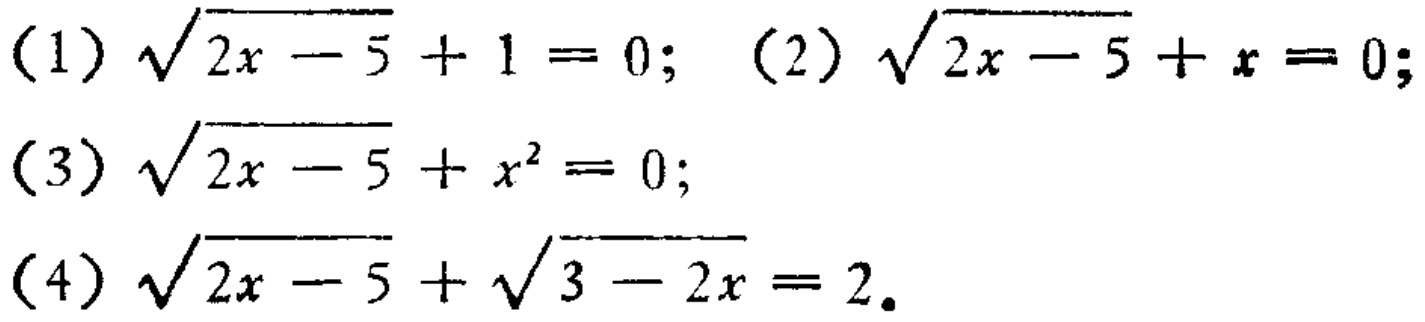
(1) \(\sqrt{2x - 5}+1 = 0\); (2) \(\sqrt{2x - 5}+x = 0\);
(3) \(\sqrt{2x - 5}+x^{2}= 0\);
(4) \(\sqrt{2x - 5}+\sqrt{3 - 2x}= 2\).